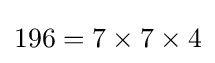
196=7\times 7\times 4